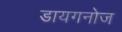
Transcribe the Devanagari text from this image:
डायगनोज